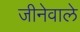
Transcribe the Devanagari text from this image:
जीनेवाले